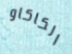
الكاكاو